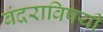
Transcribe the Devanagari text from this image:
बंदराविषयी